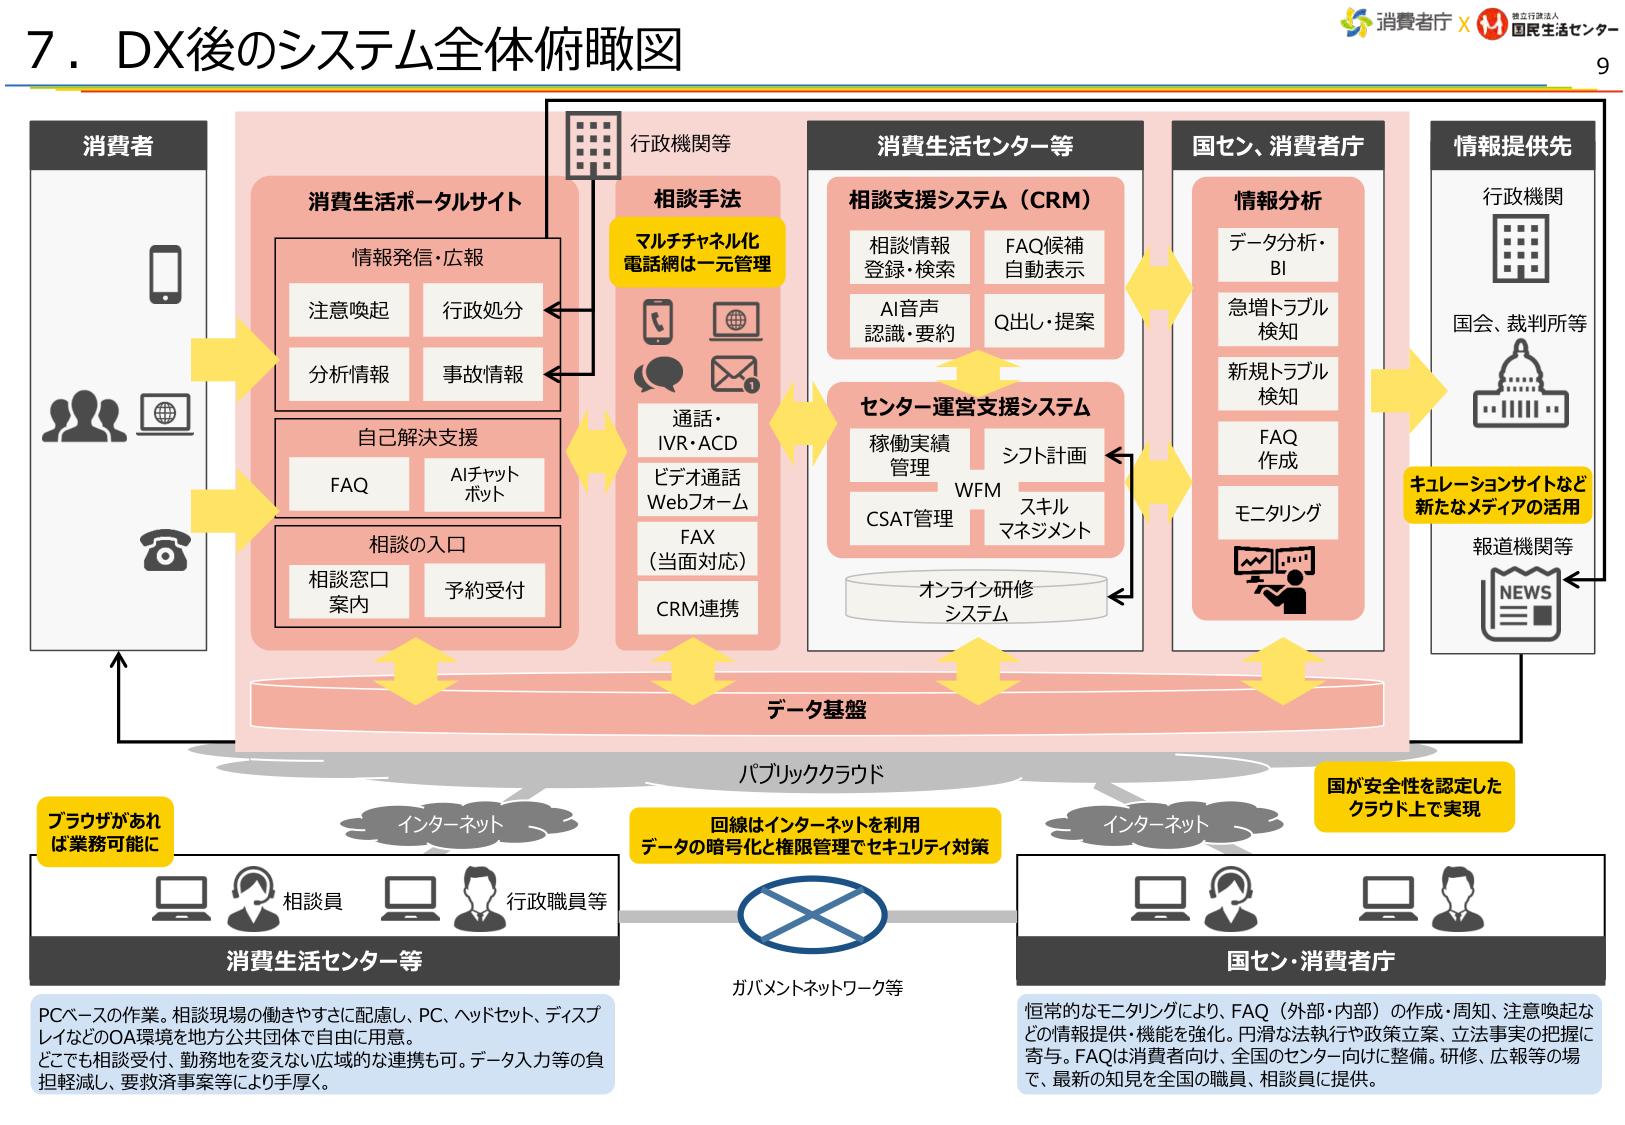
7．DX後のシステム全体俯瞰図

消費者
（スマートフォン、パソコン、電話のアイコン）

消費生活ポータルサイト
情報発信・広報
　注意喚起　行政処分
　分析情報　事故情報
自己解決支援
　FAQ　AIチャットボット
相談の入口
　相談窓口案内　予約受付

相談手法
マルチチャネル化
電話網は一元管理
（電話、パソコン、チャット、メールのアイコン）
通話・IVR・ACD
ビデオ通話
Webフォーム
FAX（当面対応）
CRM連携

行政機関等

消費生活センター等
相談支援システム（CRM）
　相談情報登録・検索
　FAQ候補自動表示
　AI音声認識・要約
　Q出し・提案
センター運営支援システム
　稼働実績管理
　シフト計画
　WFM
　スキルマネジメント
　CSAT管理
オンライン研修システム

国セン、消費者庁
情報分析
　データ分析・BI
　急増トラブル検知
　新規トラブル検知
　FAQ作成
　モニタリング
（グラフと人物のアイコン）

情報提供先
行政機関
（ビルのアイコン）
国会、裁判所等
キュレーションサイトなど新たなメディアの活用
報道機関等
（NEWSのアイコン）

データ基盤
パブリッククラウド
インターネット
回線はインターネットを利用
データの暗号化と権限管理でセキュリティ対策

ブラウザがあれば業務可能に
（パソコン、ヘッドセット、人物のアイコン）
相談員　行政職員等
消費生活センター等
PCベースの作業。相談現場の働きやすさに配慮し、PC、ヘッドセット、ディスプレイなどのOA環境を地方公共団体で自由に用意。
どこでも相談受付、勤務地を変えない広域的な連携も可。データ入力等の負担軽減し、要救済事案等により手厚く。

ガバメントネットワーク等

国が安全性を認定したクラウド上で実現
（パソコン、ヘッドセット、人物のアイコン）
国セン・消費者庁
恒常的なモニタリングにより、FAQ（外部・内部）の作成・周知、注意喚起などの情報提供・機能を強化。円滑な法執行や政策立案、立法事実の把握に寄与。FAQは消費者向けに、全国のセンター向けに整備。研修、広報等の場で、最新の知見を全国の職員、相談員に提供。

消費生活センター等 × 独立行政法人 国民生活センター
9